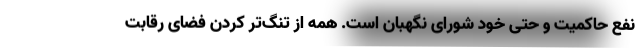
نفع حاکمیت و حتی خود شورای نگهبان است. همه از تنگ‌تر کردن فضای رقابت